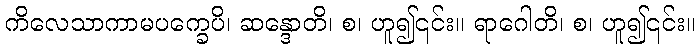
ကိလေသာကာမပက္ခေပိ၊ ဆန္ဒောတိ၊ စ၊ ဟူ၍၎င်း။ ရာဂေါတိ၊ စ၊ ဟူ၍၎င်း။